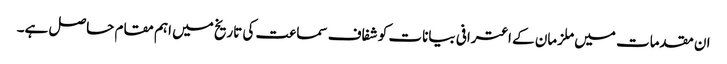
ان مقدمات میں ملزمان کے اعترافی بیانات کو شفاف سماعت کی تاریخ میں اہم مقام حاصل ہے۔